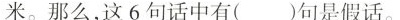
米。那么，这6句话中有()句是假话。